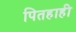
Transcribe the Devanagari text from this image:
पितहाही